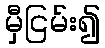
မှီငြမ်း၍